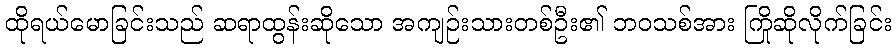
ထိုရယ်မောခြင်းသည် ဆရာထွန်းဆိုသော အကျဉ်းသားတစ်ဦး၏ ဘဝသစ်အား ကြိုဆိုလိုက်ခြင်း